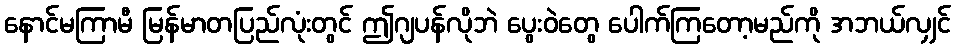
နောင်မကြာမီ မြန်မာတပြည်လုံးတွင် ဤဂျပန်လိုဘဲ ပွေးဝဲတွေ ပေါက်ကြတော့မည်ကို အဘယ်လျှင်